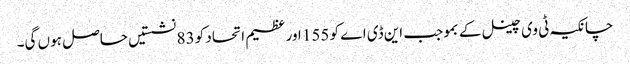
چانکیہ ٹی وی چینل کے بموجب این ڈی اے کو 155 اور عظیم اتحاد کو 83 نشستیں حاصل ہوں گی۔